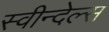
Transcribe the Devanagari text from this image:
स्वीन्देल्स